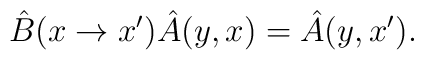
\hat{B}(x \rightarrow x') \hat{A}(y, x) =   \hat{A}(y, x') .